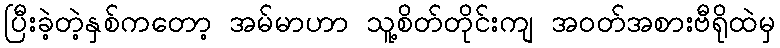
ပြီးခဲ့တဲ့နှစ်ကတော့ အမ်မာဟာ သူ့စိတ်တိုင်းကျ အဝတ်အစားဗီရိုထဲမှ